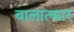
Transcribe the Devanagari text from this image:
बालात्कार